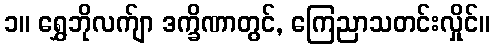
၁။ ရွှေဘိုလက်ျာ ဒက္ခိဏာတွင်, ကြေညာသတင်းလှိုင်။